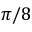
\pi / 8